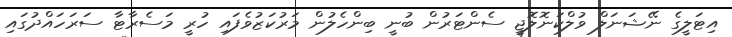
އިޓަލީގެ ނޭޝަނަލް ވުލްކަނޮލޮޖީ ސެންޓަރުން ބުނީ ބިންހެލުން މަރުކަޒުވެފައި ހުރީ މަސެރާޓާ ސަރަހައްދުގައި